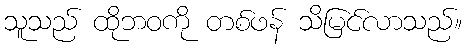
သူသည် ထိုဘဝကို တစ်ဖန် သိမြင်လာသည်။